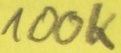
Text: 100K